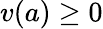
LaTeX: v(a)\geq 0